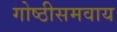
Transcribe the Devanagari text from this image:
गोष्ठीसमवाय